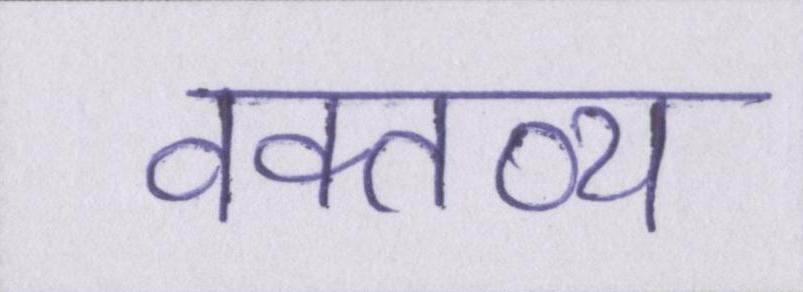
वक्तव्य